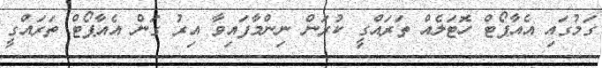
ގަމުގައި އެއާޕޯޓް ހޮޓަލެއް ތަރައްގީ ކުރަން ނިންމާފައިވާ އިރު ގަން އެއާޕޯޓް ތަރައްގީ